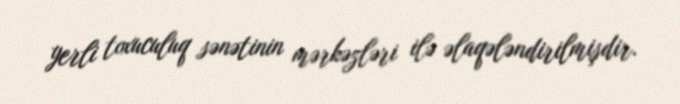
yerli toxuculuq sənətinin mərkəzləri ilə əlaqələndirilmişdir.